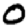
Digit: 0